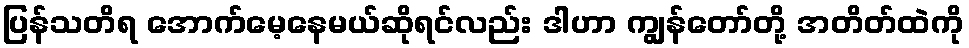
ပြန်သတိရ အောက်မေ့နေမယ်ဆိုရင်လည်း ဒါဟာ ကျွန်တော်တို့ အတိတ်ထဲကို